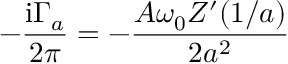
- { \frac { \mathrm { i } \Gamma _ { a } } { 2 \pi } } = - { \frac { A \omega _ { 0 } Z ^ { \prime } ( 1 / a ) } { 2 a ^ { 2 } } }